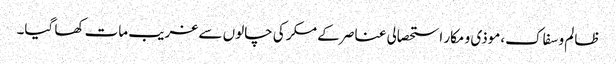
ظالم و سفاک،موذی و مکار استحصالی عناصر کے مکر کی چالوں سے غریب مات کھا گیا۔